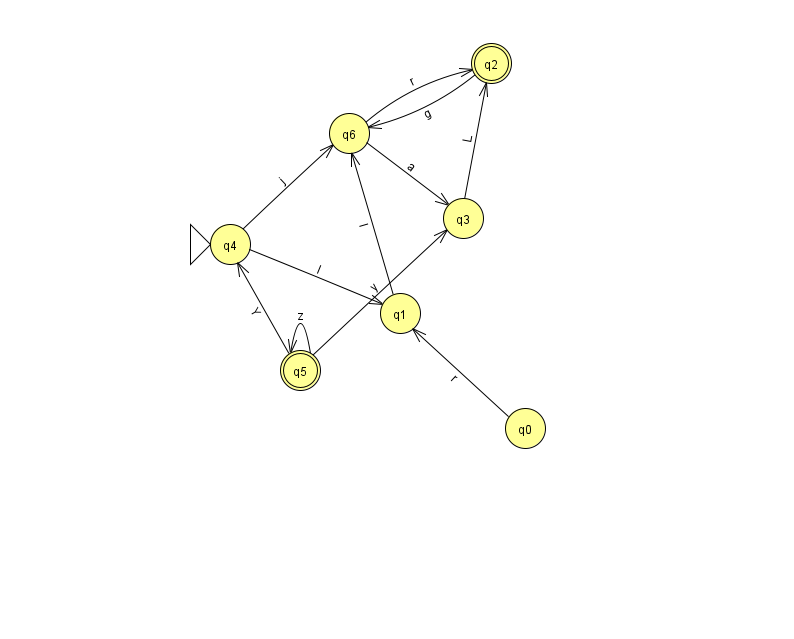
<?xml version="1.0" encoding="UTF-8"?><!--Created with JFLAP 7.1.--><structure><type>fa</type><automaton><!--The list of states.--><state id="0" name="q0"><x>525.0</x><y>415.0</y></state><state id="1" name="q1"><x>400.0</x><y>300.0</y></state><state id="2" name="q2"><x>491.0</x><y>50.0</y><final/></state><state id="3" name="q3"><x>463.0</x><y>205.0</y></state><state id="4" name="q4"><x>230.0</x><y>231.0</y><initial/></state><state id="5" name="q5"><x>300.0</x><y>357.0</y><final/></state><state id="6" name="q6"><x>349.0</x><y>120.0</y></state><!--The list of transitions.--><transition><from>5</from><to>3</to><read>y</read></transition><transition><from>5</from><to>4</to><read>Y</read></transition><transition><from>1</from><to>6</to><read>l</read></transition><transition><from>4</from><to>6</to><read>j</read></transition><transition><from>4</from><to>1</to><read>l</read></transition><transition><from>3</from><to>2</to><read>L</read></transition><transition><from>5</from><to>5</to><read>z</read></transition><transition><from>0</from><to>1</to><read>r</read></transition><transition><from>2</from><to>6</to><read>g</read></transition><transition><from>6</from><to>3</to><read>a</read></transition><transition><from>6</from><to>2</to><read>r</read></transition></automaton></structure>